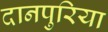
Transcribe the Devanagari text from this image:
दानपुरिया